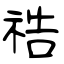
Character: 祰